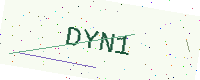
Text: DYN1